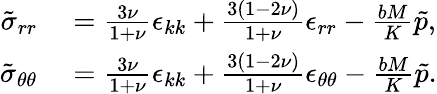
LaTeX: \begin{array}{rl}{\tilde{\sigma}_{rr}}&{{}=\frac{3\nu}{1+\nu}\epsilon_{kk}+\frac{3(1-2\nu)}{1+\nu}\epsilon_{rr}-\frac{bM}{K}\tilde{p},}\\ {\tilde{\sigma}_{\theta\theta}}&{{}=\frac{3\nu}{1+\nu}\epsilon_{kk}+\frac{3(1-2\nu)}{1+\nu}\epsilon_{\theta\theta}-\frac{bM}{K}\tilde{p}.}\end{array}